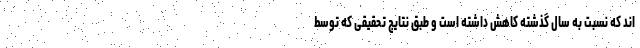
اند که نسبت به سال گذشته کاهش داشته است و طبق نتایج تحقیقی که توسط